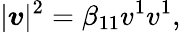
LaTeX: |\boldsymbol{v}|^{2}=\beta_{11}v^{1}v^{1},